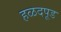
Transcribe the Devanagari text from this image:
हळदपूड